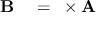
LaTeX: \begin{array} { r l } { \mathbf { B } } & { { } = \mathbf { \nabla } \times \mathbf { A } } \end{array}